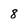
Character: 8